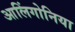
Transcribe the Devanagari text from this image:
आलिंगोनिया